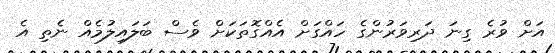
އަށް ވުރެ ގިނަ ދަރިވަރުންގެ ހައްގަށް އެއްގޮތަކަށް ވެސް ބަލައިލުމެއް ނެތި އެ